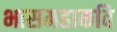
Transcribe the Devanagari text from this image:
भासमहाकवि